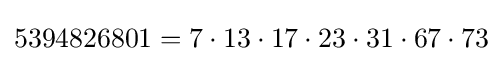
5394826801=7\cdot 13\cdot 17\cdot 23\cdot 31\cdot 67\cdot 73